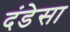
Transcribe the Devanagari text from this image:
दंडेसा